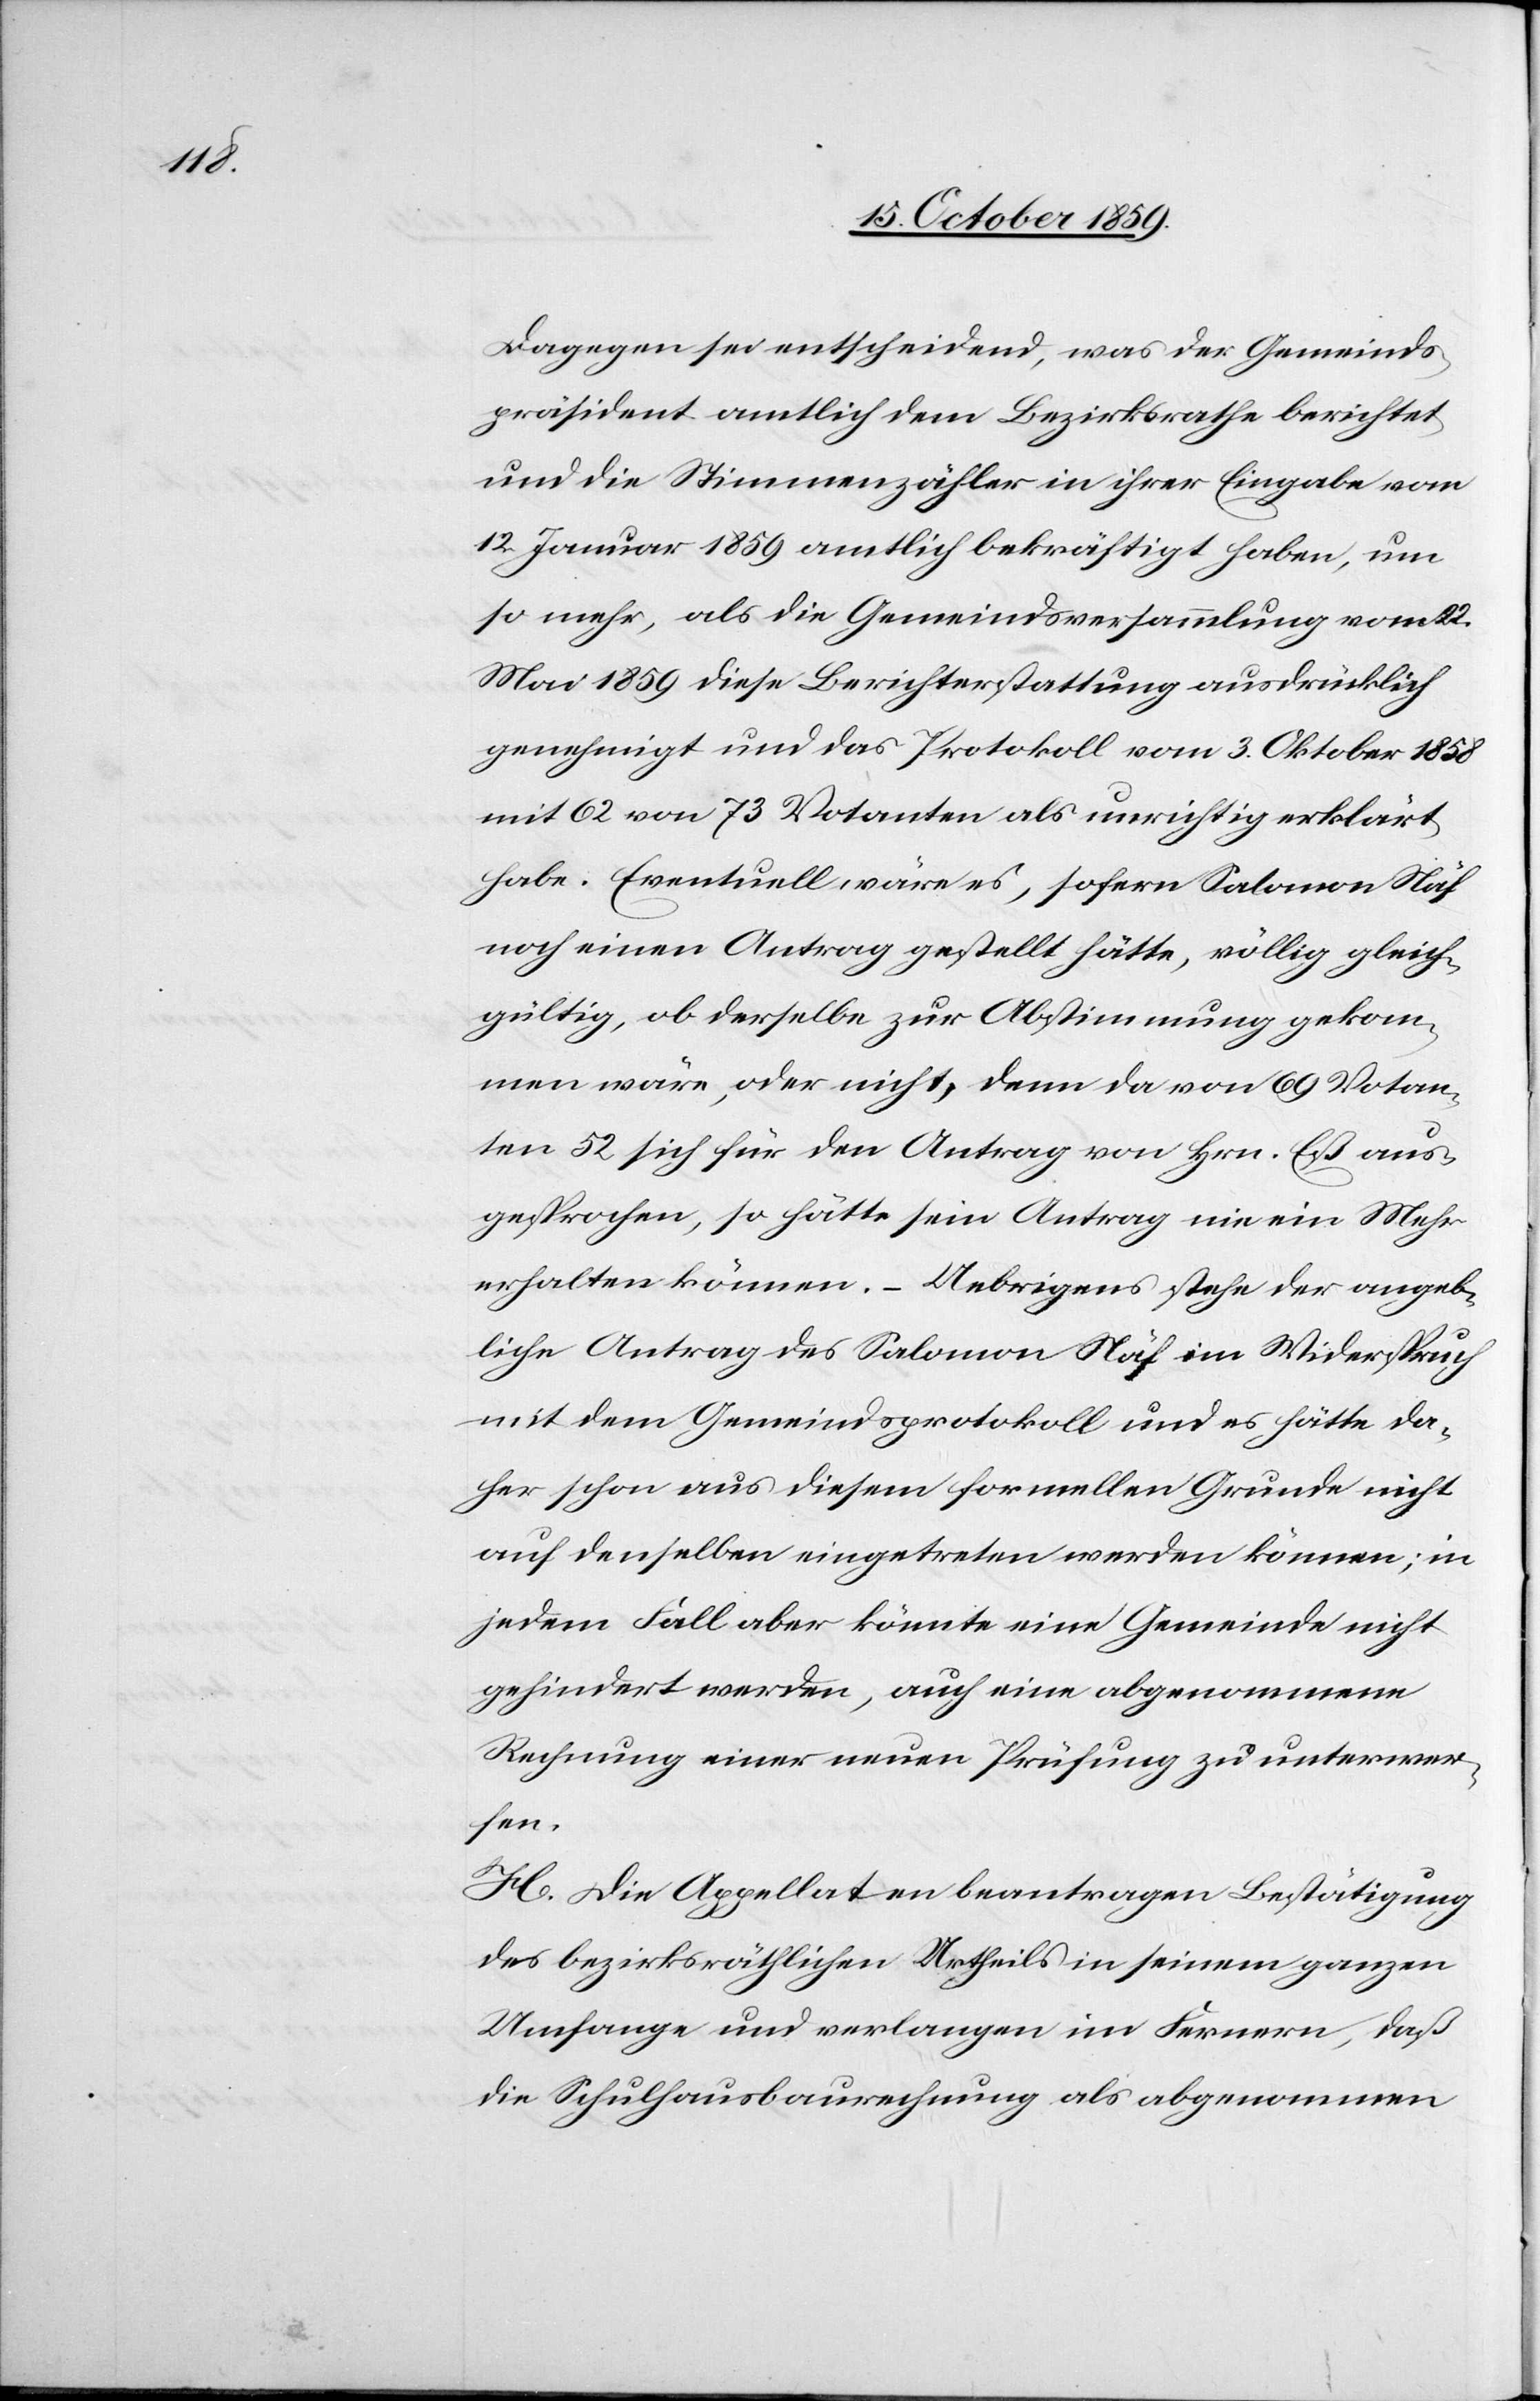
Dagegen sei entscheidend, was der Gemeinds¬
präsident amtlich dem Bezirksrathe berichtet
und die Stimmenzähler in ihrer Eingabe vom
12. Januar 1859 amtlich bekräftigt haben, um
so mehr, als die Gemeindsversammlung vom 22.
Mai 1859 diese Berichterstattung ausdrücklich
genehmigt und das Protokoll vom 3. Oktober 1858
mit 62 von 73 Votanten als unrichtig erklärt
habe. Eventuell wäre es, sofern Salomon Näf
noch einen Antrag gestellt hätte, völlig gleich¬
gültig, ob derselbe zur Abstimmung gekom¬
men wäre, oder nicht, denn da von 69 Votan¬
ten 52 sich für den Antrag von Hrn. Eß aus¬
gesprochen, so hätte sein Antrag nie ein Mehr
erhalten können. – Uebrigens stehe der angeb¬
liche Antrag des Salomon Näf im Widerspruch
mit dem Gemeindsprotokoll und es hätte da¬
her schon aus diesem formellen Grunde nicht
auf denselben eingetreten werden können; in
jedem Fall aber könnte eine Gemeinde nicht
gehindert werden, auch eine abgenommene
Rechnung einer neuen Prüfung zu unterwer¬
fen.
H. Die Appellaten beantragen Bestätigung
des bezirksräthlichen Urtheils in seinem ganzen
Umfange und verlangen im Fernern, daß
die Schulhausbaurechnung als abgenommen